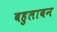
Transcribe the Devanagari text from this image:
बहुलाबन